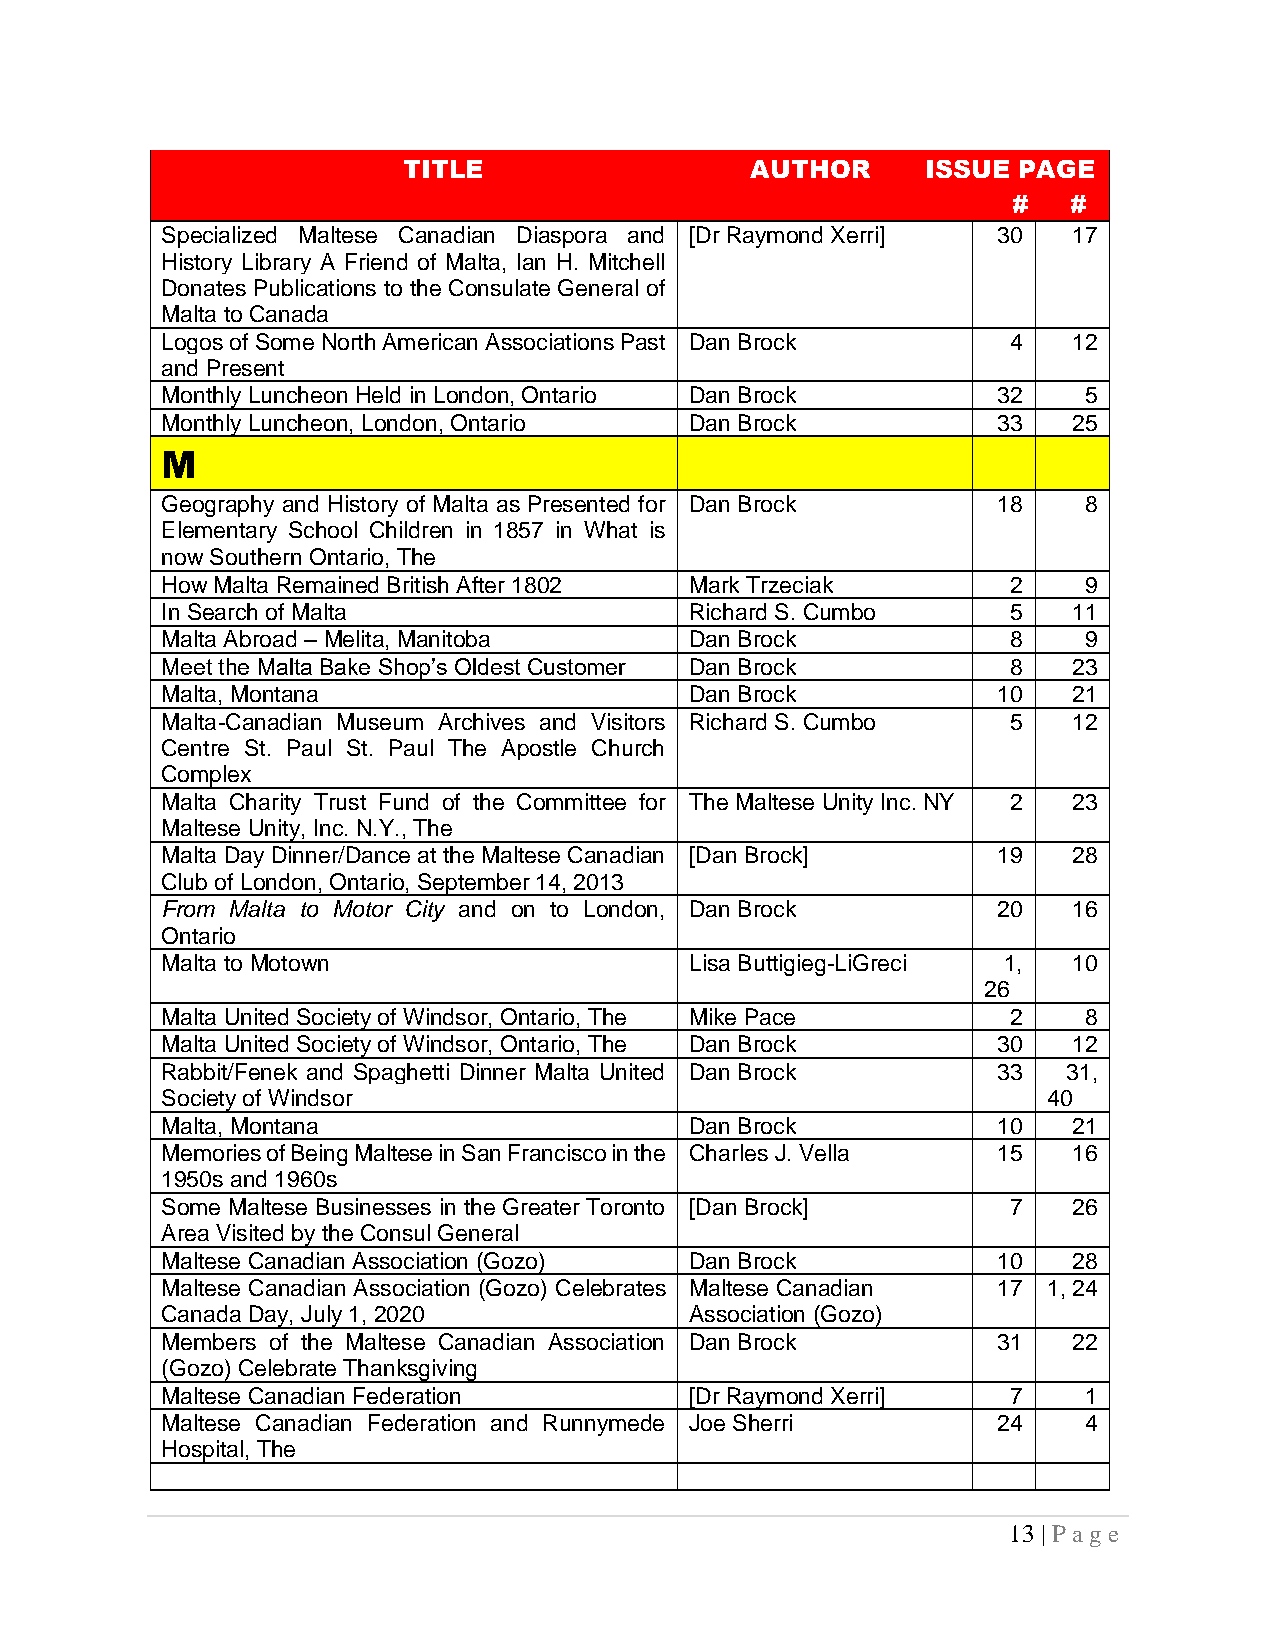
TITLE                  AUTHOR     ISSUE PAGE
 #   #
 Specialized Maltese Canadian Diaspora and [Dr Raymond Xerri] 30 17
 History Library A Friend of Malta, Ian H. Mitchell
 Donates Publications to the Consulate General of
 Malta to Canada
 Logos of Some North American Associations Past Dan Brock 4  12
 and Present
 Monthly Luncheon Held in London, Ontario Dan Brock     32    5
 Monthly Luncheon, London, Ontario  Dan Brock           33   25
 M
 Geography and History of Malta as Presented for Dan Brock 18 8
 Elementary School Children in 1857 in What is
 now Southern Ontario, The
 How Malta Remained British After 1802 Mark Trzeciak     2    9
 In Search of Malta                 Richard S. Cumbo     5   11
 Malta Abroad – Melita, Manitoba    Dan Brock            8    9
 Meet the Malta Bake Shop’s Oldest Customer Dan Brock    8   23
 Malta, Montana                     Dan Brock           10   21
 Malta-Canadian Museum Archives and Visitors Richard S. Cumbo 5 12
 Centre St. Paul St. Paul The Apostle Church
 Complex
 Malta Charity Trust Fund of the Committee for The Maltese Unity Inc. NY 2 23
 Maltese Unity, Inc. N.Y., The
 Malta Day Dinner/Dance at the Maltese Canadian [Dan Brock] 19 28
 Club of London, Ontario, September 14, 2013
 From Malta to Motor City and on to London, Dan Brock   20   16
 Ontario
 Malta to Motown                    Lisa Buttigieg-LiGreci 1, 10
 26
 Malta United Society of Windsor, Ontario, The Mike Pace 2    8
 Malta United Society of Windsor, Ontario, The Dan Brock 30  12
 Rabbit/Fenek and Spaghetti Dinner Malta United Dan Brock 33 31,
 Society of Windsor                                        40
 Malta, Montana                     Dan Brock           10   21
 Memories of Being Maltese in San Francisco in the Charles J. Vella 15 16
 1950s and 1960s
 Some Maltese Businesses in the Greater Toronto [Dan Brock] 7 26
 Area Visited by the Consul General
 Maltese Canadian Association (Gozo) Dan Brock          10   28
 Maltese Canadian Association (Gozo) Celebrates Maltese Canadian 17 1, 24
 Canada Day, July 1, 2020           Association (Gozo)
 Members of the Maltese Canadian Association Dan Brock  31   22
 (Gozo) Celebrate Thanksgiving
 Maltese Canadian Federation        [Dr Raymond Xerri]   7    1
 Maltese Canadian Federation and Runnymede Joe Sherri   24    4
 Hospital, The
 13 | P ag e